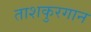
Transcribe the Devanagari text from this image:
ताशकुरगान